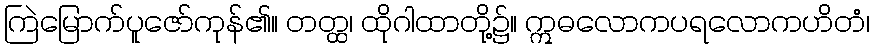
ကြဲမြောက်ပူဇော်ကုန်၏။ တတ္ထ၊ ထိုဂါထာတို့၌။ ဣဓလောကပရလောကဟိတံ၊